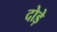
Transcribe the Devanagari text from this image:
दोड़े